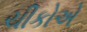
ચીકોએ